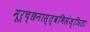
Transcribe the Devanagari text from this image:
मूर्च्छनास्त्वभिसंज्ञिता